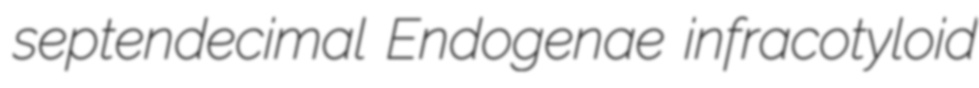
septendecimal Endogenae infracotyloid